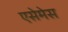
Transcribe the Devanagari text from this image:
एसेमेस